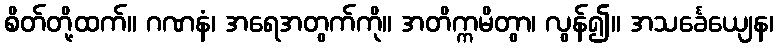
စိတ်တို့ထက်။ ဂဏနံ၊ အရေအတွက်ကို။ အတိက္ကမိတွာ၊ လွန်၍။ အသင်္ခေယျေန၊